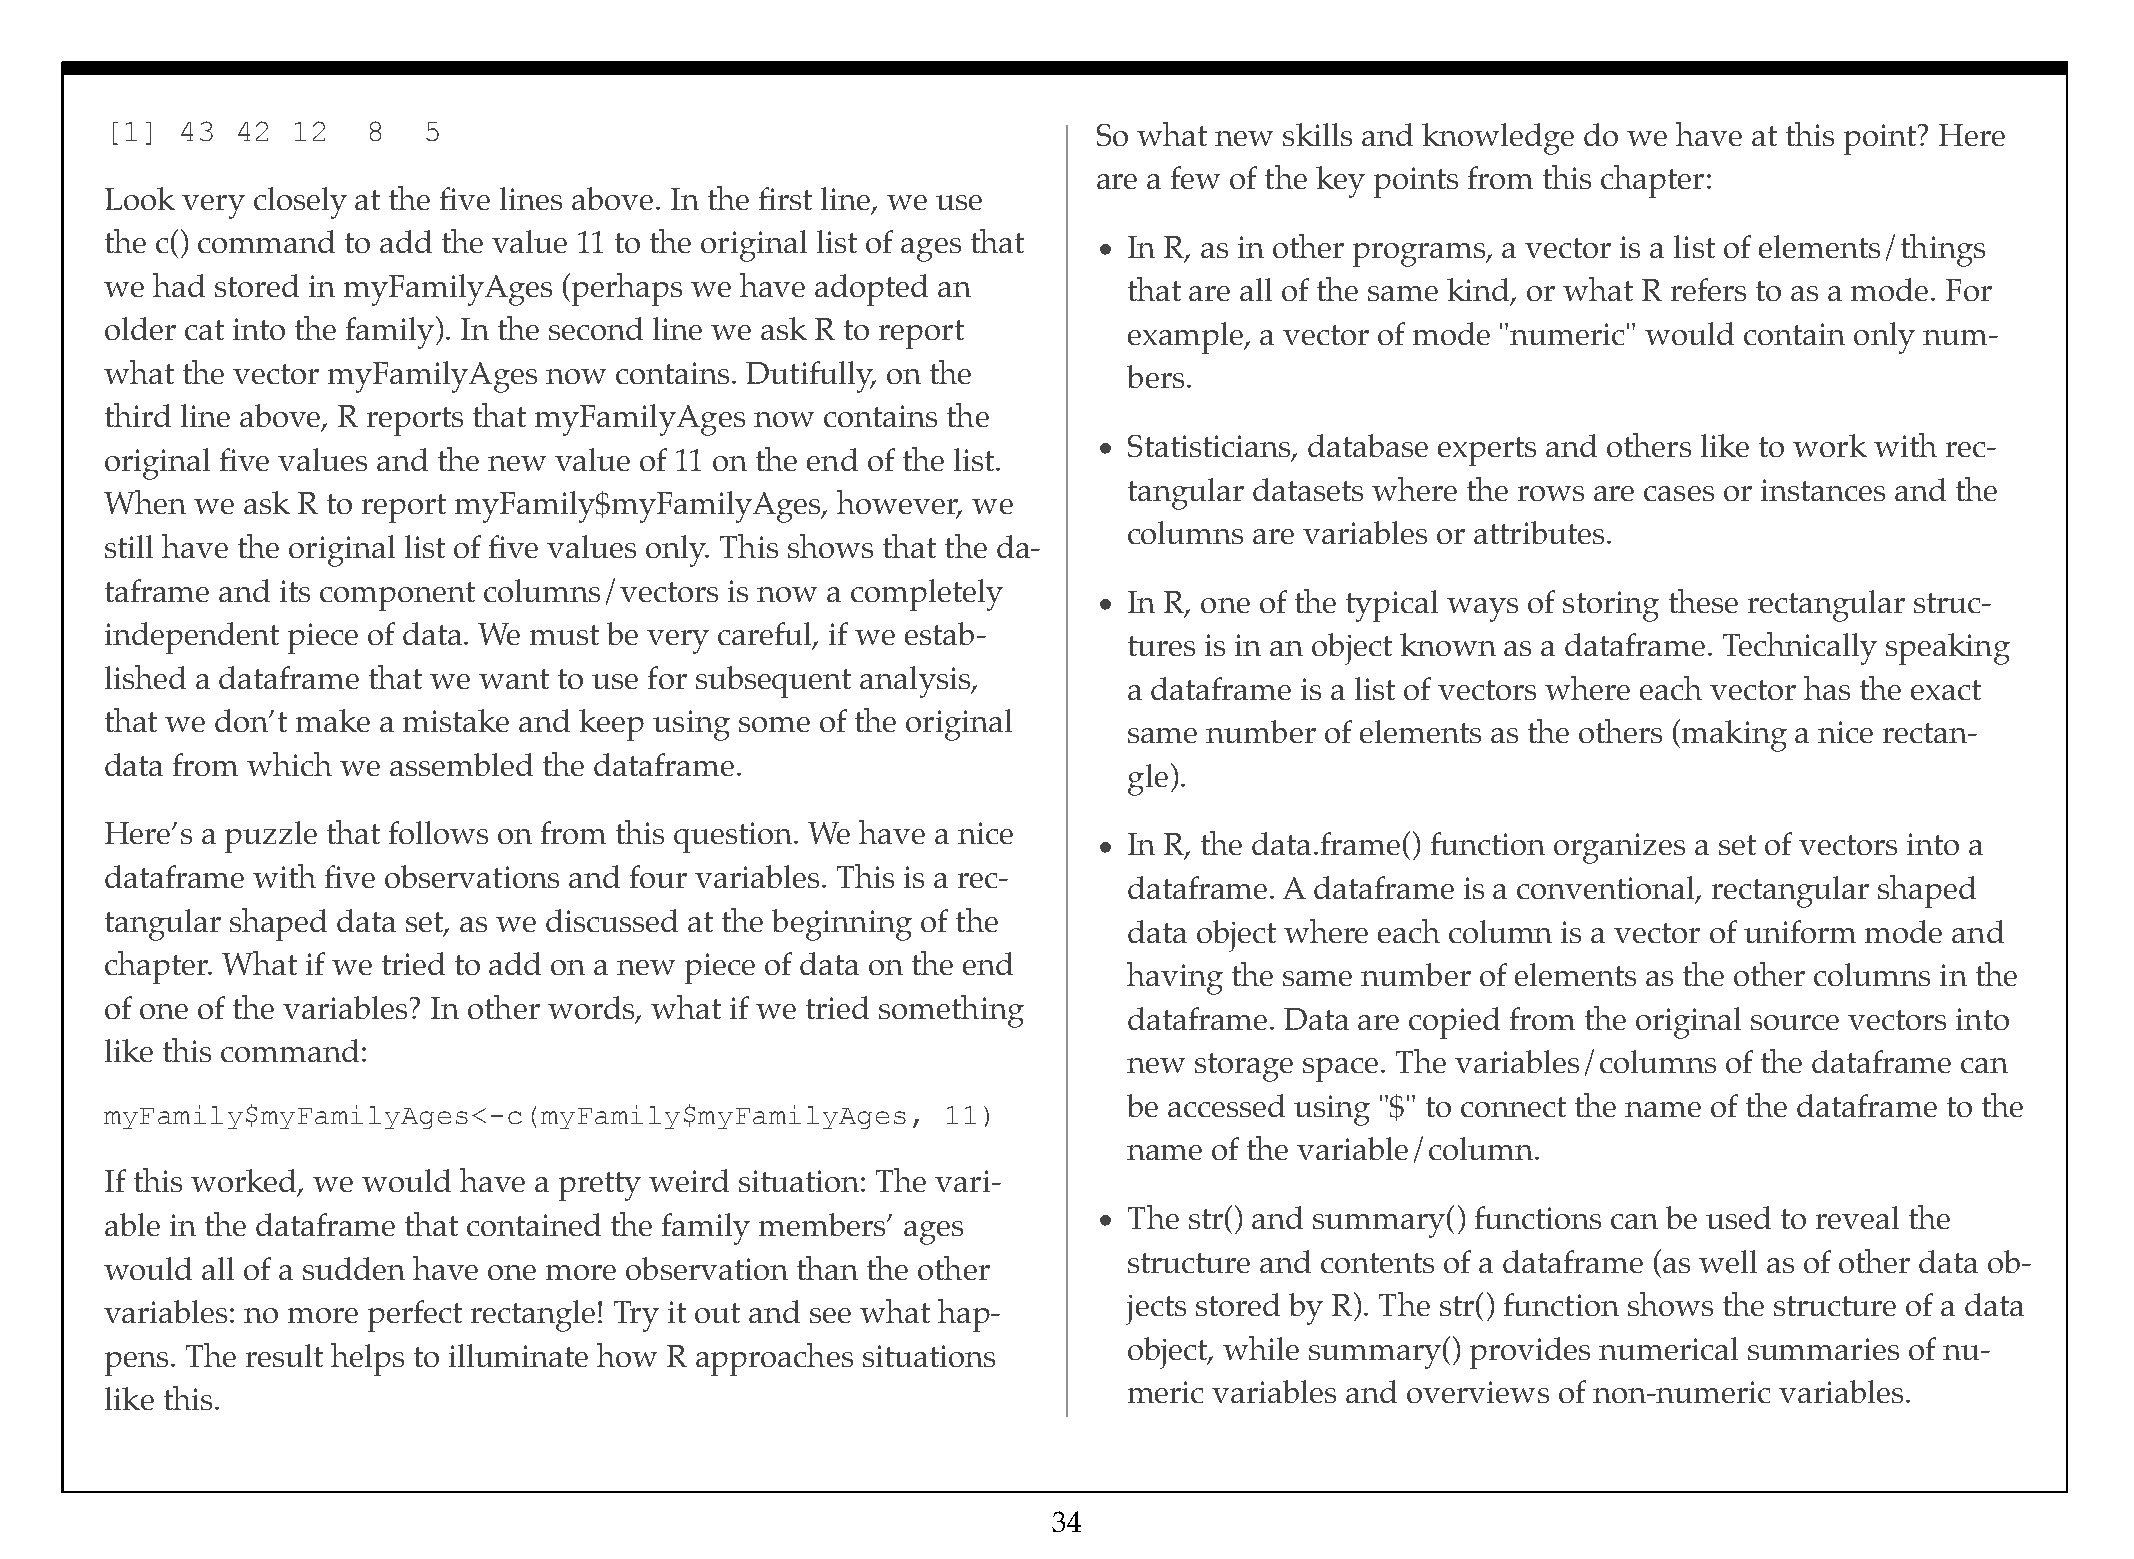
[1]  43  42 12   8   5                                            So what new skills and knowledge do we have at this point? Here
 are a few of the key points from this chapter:
 Look very closely at the five lines above. In the first line, we use
 the c() command to add the value 11 to the original list of ages that • In R, as in other programs, a vector is a list of elements/things
 we had stored in myFamilyAges (perhaps we have adopted an           that are all of the same kind, or what R refers to as a mode. For
 older cat into the family). In the second line we ask R to report   example, a vector of mode "numeric" would contain only num-
 what the vector myFamilyAges now  contains. Dutifully, on the       bers.
 third line above, R reports that myFamilyAges now contains the
 • Statisticians, database experts and others like to work with rec-
 original five values and the new value of 11 on the end of the list.
 tangular datasets where the rows are cases or instances and the
 When  we ask R to report myFamily$myFamilyAges, however, we
 columns are variables or attributes.
 still have the original list of five values only. This shows that the da-
 taframe and its component columns/vectors is now a completely
 • In R, one of the typical ways of storing these rectangular struc-
 independent piece of data. We must be very careful, if we estab-
 tures is in an object known as a dataframe. Technically speaking
 lished a dataframe that we want to use for subsequent analysis,
 a dataframe is a list of vectors where each vector has the exact
 that we don’t make a mistake and keep using some of the original
 same number  of elements as the others (making a nice rectan-
 data from which we assembled the dataframe.
 gle).
 Here’s a puzzle that follows on from this question. We have a nice
 • In R, the data.frame() function organizes a set of vectors into a
 dataframe with five observations and four variables. This is a rec-
 dataframe. A dataframe is a conventional, rectangular shaped
 tangular shaped data set, as we discussed at the beginning of the
 data object where each column is a vector of uniform mode and
 chapter. What if we tried to add on a new piece of data on the end
 having the same number of elements as the other columns in the
 of one of the variables? In other words, what if we tried something
 dataframe. Data are copied from the original source vectors into
 like this command:
 new storage space. The variables/columns of the dataframe can
 be accessed using "$" to connect the name of the dataframe to the
 myFamily$myFamilyAges<-c(myFamily$myFamilyAges,         11)
 name of the variable/column.
 If this worked, we would have a pretty weird situation: The vari-
 able in the dataframe that contained the family members’ ages     • The str() and summary() functions can be used to reveal the
 structure and contents of a dataframe (as well as of other data ob-
 would all of a sudden have one more observation than the other
 jects stored by R). The str() function shows the structure of a data
 variables: no more perfect rectangle! Try it out and see what hap-
 object, while summary() provides numerical summaries of nu-
 pens. The result helps to illuminate how R approaches situations
 meric variables and overviews of non-numeric variables.
 like this.
 34